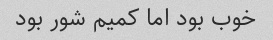
خوب بود اما کمیم شور بود